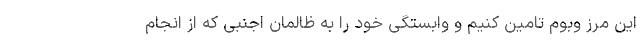
این مرز وبوم تامین كنیم و وابستگی خود را به ظالمان اجنبی كه از انجام